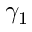
\gamma _ { 1 }